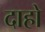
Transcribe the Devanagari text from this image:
दाहो